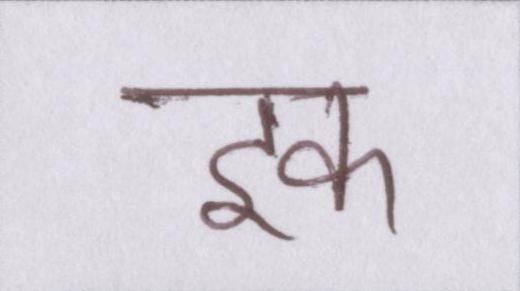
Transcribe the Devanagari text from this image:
इक